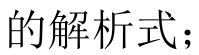
的解析式；